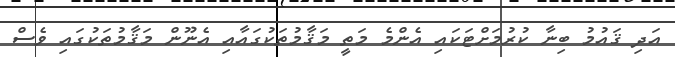
އަދި ޤައުމު ބިނާ ކުރުމަށްޓަކައި އެންމެ މަތީ މަޤާމުތަކުގައާއި އެނޫން މަޤާމުތަކުގައި ވެސް